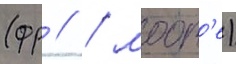
(фр // / моор'е)